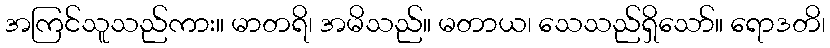
အကြင်သူသည်ကား။ မာတရိ၊ အမိသည်။ မတာယ၊ သေသည်ရှိသော်။ ရောဒတိ၊